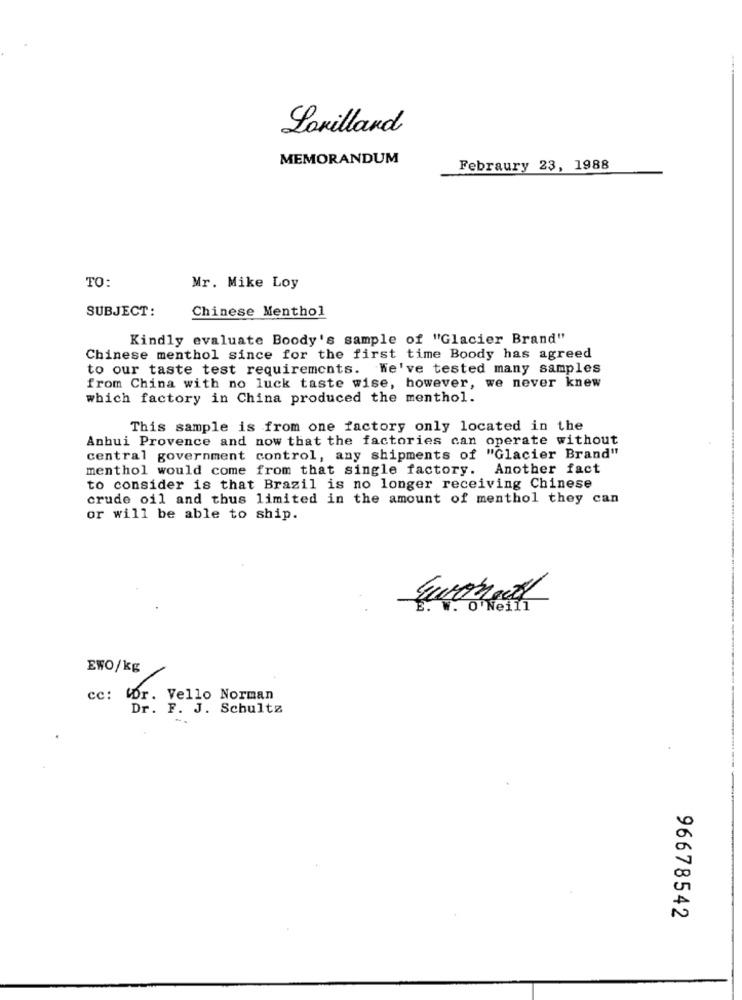
Lonillard
MEMORANDUM
Febraury 23, 1988
TO:
Mr. Mike Loy
SUBJECT:
Chinese Menthol
Kindly evaluate Boody's sample of "Glacier Brand"
Chinese menthol since for the first time Boody has agreed
to our taste test requirements. We've tested many samples
from China with no luck taste wise, however, we never knew
which factory in China produced the menthol.
This sample is from one factory only located in the
Anbui Provence and now that the factories can operate without
central government control, any shipments of "Glacier Brand"
menthol would come from that single factory. Another fact
to consider is that Brazil is no longer receiving Chinese
crude oil and thus limited in the amount of menthol they can
or will be able to ship.
w. O Neill
EWO/kg
cc: Dr. Vello Norman
Dr. F. J. Schultz
96678542